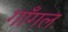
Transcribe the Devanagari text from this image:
गाँगल